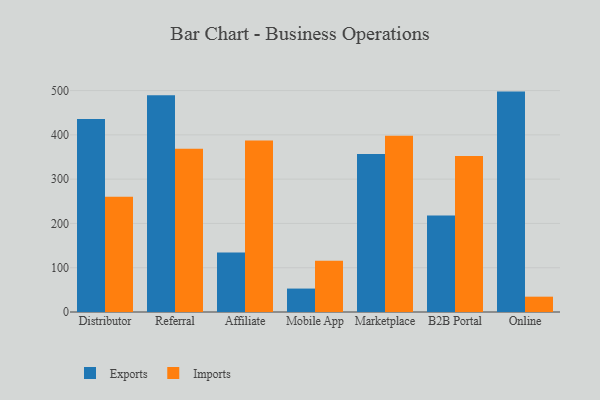
{"axis": {"x": "Channel", "y": "Active Users"}, "legend": ["Exports", "Imports"], "data": [{"x": "Distributor", "y": 436.1, "type": "Exports"}, {"x": "Distributor", "y": 260.5, "type": "Imports"}, {"x": "Referral", "y": 489.6, "type": "Exports"}, {"x": "Referral", "y": 368.6, "type": "Imports"}, {"x": "Affiliate", "y": 134.1, "type": "Exports"}, {"x": "Affiliate", "y": 387.1, "type": "Imports"}, {"x": "Mobile App", "y": 52.9, "type": "Exports"}, {"x": "Mobile App", "y": 115.9, "type": "Imports"}, {"x": "Marketplace", "y": 356.8, "type": "Exports"}, {"x": "Marketplace", "y": 397.9, "type": "Imports"}, {"x": "B2B Portal", "y": 217.9, "type": "Exports"}, {"x": "B2B Portal", "y": 352.2, "type": "Imports"}, {"x": "Online", "y": 497.7, "type": "Exports"}, {"x": "Online", "y": 34.6, "type": "Imports"}]}